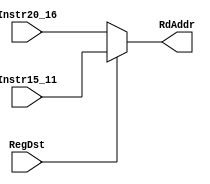
module mux5_bits_RF(
	// Outputs
	output reg [4:0]RdAddr,
	// Inputs
	input wire [4:0]Instr20_16, Instr15_11,
	input wire RegDst
);

	always @ (*)
	begin 
		if (RegDst == 1)RdAddr <= Instr15_11;
		else RdAddr <= Instr20_16;
	end
	
endmodule